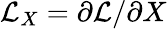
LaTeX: \mathcal{L}_{X}=\partial\mathcal{L}/\partial X